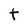
Character: t